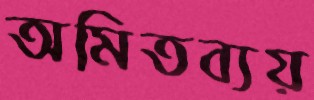
অমিতব্যয়